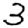
Digit: 3